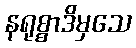
နရုစ္စာဒိမှသေ